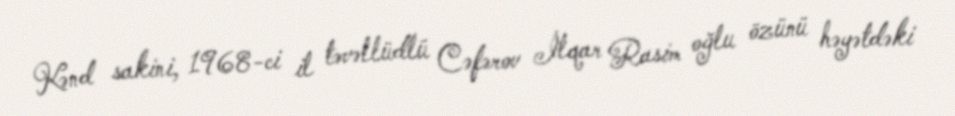
Kənd sakini, 1968-ci il təvəllüdlü Cəfərov İlqar Rasim oğlu özünü həyətdəki